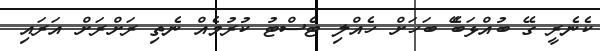
ކެނެރީ ގޭ ބުއްޅަބޭެ ބަހަށް ހެއްލި ޓެސްޓު ކުރުމެއް ނެތި ރަށްރަށް އަރައި